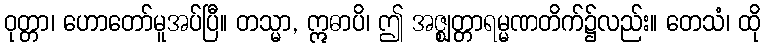
ဝုတ္တာ၊ ဟောတော်မူအပ်ပြီ။ တသ္မာ, ဣဓာပိ၊ ဤ အဇ္ဈတ္တာရမ္မဏတိက်၌လည်း။ တေသံ၊ ထို